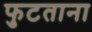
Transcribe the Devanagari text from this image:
फुटताना